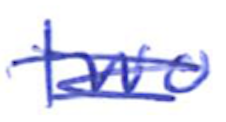
Text: two
Cross-out: scratch
Writing tool: ballpoint